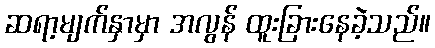
ဆရာ့မျက်နှာမှာ အလွန် ထူးခြားနေခဲ့သည်။